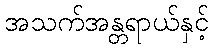
အသက်အန္တရာယ်နှင့်